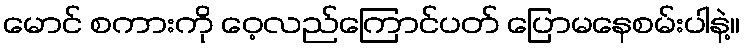
မောင် စကားကို ဝေ့လည်ကြောင်ပတ် ပြောမနေစမ်းပါနဲ့။